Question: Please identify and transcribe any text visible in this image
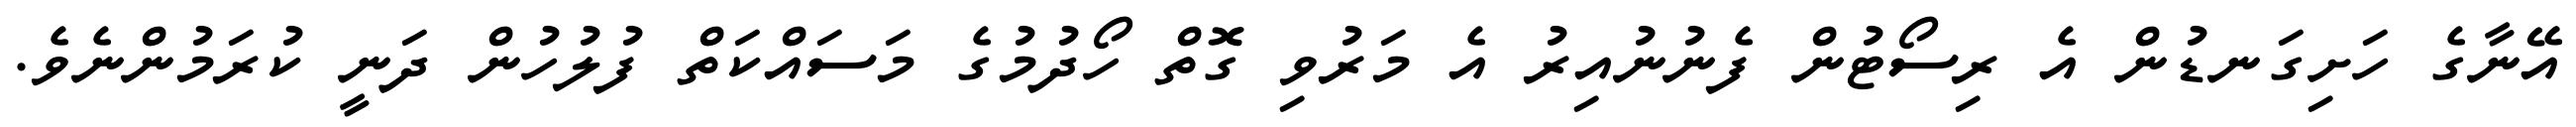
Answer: އޭނާގެ ހަށިގަނޑުން އެ ރިސޯޓުން ފެނުނުއިރު އެ މަރުވި ގޮތް ހޯދުމުގެ މަސައްކަތް ފުލުހުން ދަނީ ކުރަމުންނެވެ.